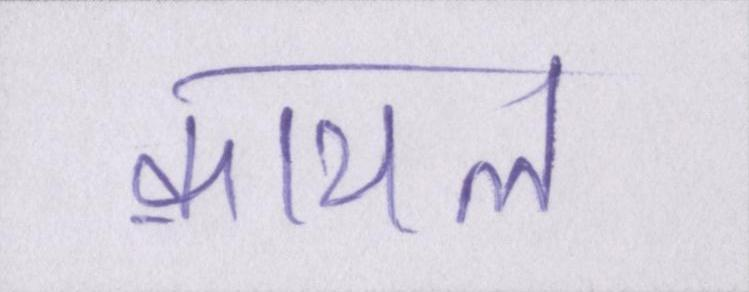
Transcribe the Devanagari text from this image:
क़ायल